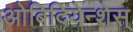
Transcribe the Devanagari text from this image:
ओबिदियेन्शेस्